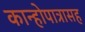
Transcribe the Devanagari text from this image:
कान्होपात्रासह